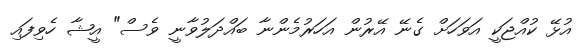
އުޅޭ ކުއްޖަކީ އަވަހަށް ގެނޭ އޭރުން އަހަރުމެންނާ ބައްދަލުވާނީ ވެސް" އީޝާ ހެވިފައި